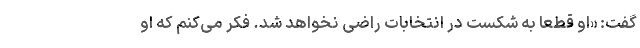
گفت: «او قطعاً به شکست در انتخابات راضی نخواهد شد. فکر می‌کنم که او